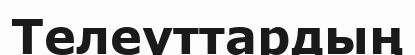
Телеуттардың